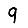
Digit: 9